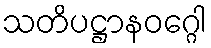
သတိပဋ္ဌာနဝဂ္ဂေါ